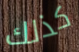
كذلك